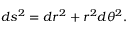
d s ^ { 2 } = d r ^ { 2 } + r ^ { 2 } d \theta ^ { 2 } .